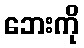
ဘေးကို